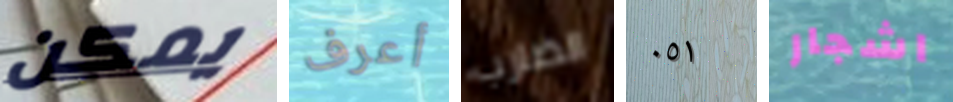
يمكن أعرف الضارب ٠٥١ اشجار